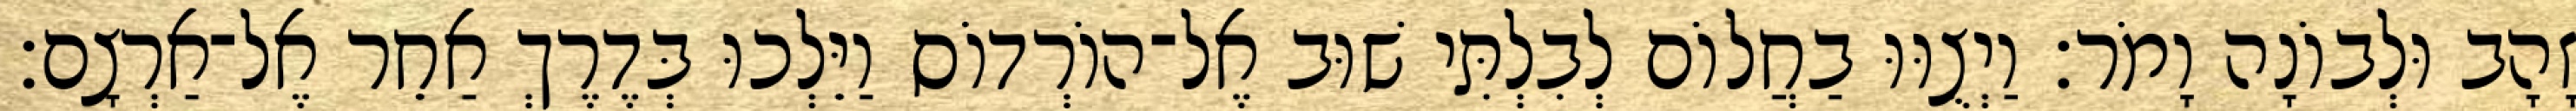
זָהָב וּלְבוֹנָה וָמֹר׃ וַיְצֻוּוּ בַחֲלוֹם לְבִלְתִּי שׁוּב אֶל־הוֹרְדוֹס וַיֵּלְכוּ בְּדֶרֶךְ אַחֵר אֶל־אַרְצָם׃